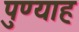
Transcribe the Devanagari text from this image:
पुण्याह